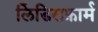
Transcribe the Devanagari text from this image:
लिंडिसफ़ार्म